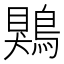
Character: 鶪